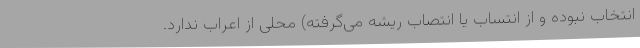
انتخاب نبوده و از انتساب یا انتصاب ریشه می‌گرفته) محلی از اعراب ندارد.